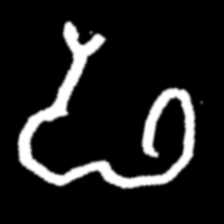
Pyu character \u2014 Myanmar letter: ဖ (romanized: pha)